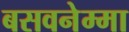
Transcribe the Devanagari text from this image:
बसवनेम्मा